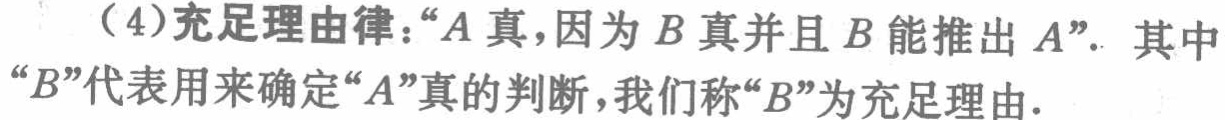
（4）充足理由律：“\(A\)真，因为\(B\)真并且\(B\)能推出\(A\)”。其中“\(B\)”代表用来确定“\(A\)”真的判断，我们称“\(B\)”为充足理由.